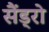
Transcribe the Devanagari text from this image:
सैंड्रो